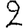
Digit: 2